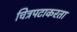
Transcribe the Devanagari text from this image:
चित्रपटाकरता